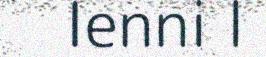
Ienni l